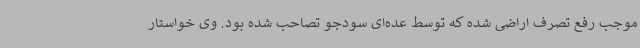
موجب رفع تصرف اراضی شده که توسط عده‌ای سودجو تصاحب شده بود. وی خواستار